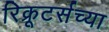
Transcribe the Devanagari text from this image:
रिक्रूटर्सच्या